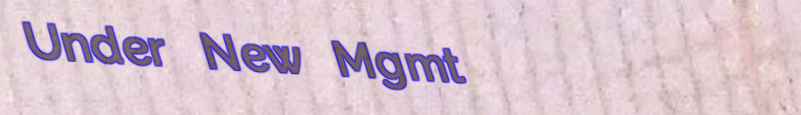
Under New Mgmt